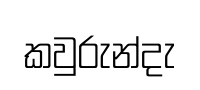
කවුරුන්දැ